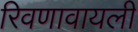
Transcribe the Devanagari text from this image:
रिवणावायली